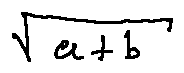
\sqrt { a + b }